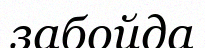
забойда